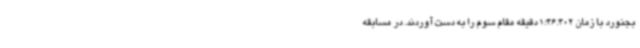
بجنورد با زمان 1:46.402 دقیقه مقام سوم را به دست آوردند. در مسابقه